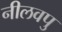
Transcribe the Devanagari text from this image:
नीलवपु